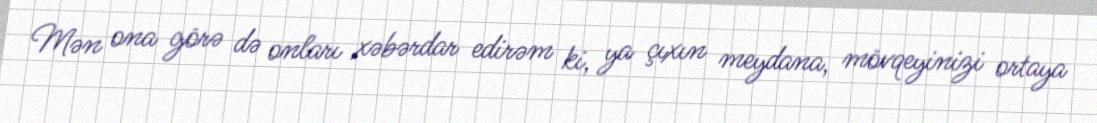
Mən ona görə də onları xəbərdar edirəm ki, ya çıxın meydana, mövqeyinizi ortaya